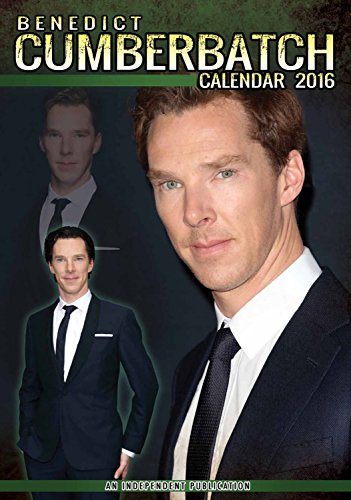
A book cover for Benedict Cumberbatch Calendar - 2016 Wall Calendars - Celebrity Calendars - Monthly Wall Calendars by Dream; MegaCalendars; Calendars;